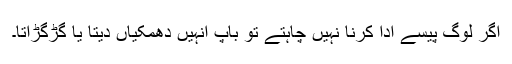
اگر لوگ پیسے ادا کرنا نہیں چاہتے تو باپ انہیں دھمکیاں دیتا یا گڑگڑاتا۔